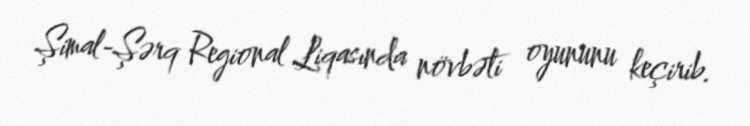
Şimal-Şərq Regional Liqasında növbəti oyununu keçirib.